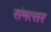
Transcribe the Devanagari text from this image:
संमत्सर